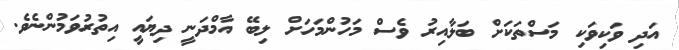
އަދި ވަކިވަކި މަސްތަކަށް ބަލާއިރު ވެސް މަހުންމަހަށް ލިބޭ އާމްދަނީ ދިޔައީ އިތުރުވަމުންނެވެ.